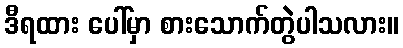
ဒီရထား ပေါ်မှာ စားသောက်တွဲပါသလား။